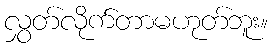
လွှတ်လိုက်တာမဟုတ်ဘူး။